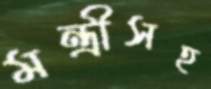
মন্ত্রীসহ